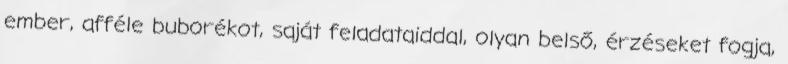
ember, afféle buborékot, saját feladataiddal, olyan belső, érzéseket fogja,